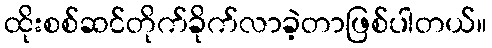
ထိုးစစ်ဆင်တိုက်ခိုက်လာခဲ့တာဖြစ်ပါတယ်။